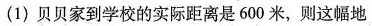
(1) 贝贝家到学校的实际距离是600米，则这幅地